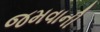
જમવાની